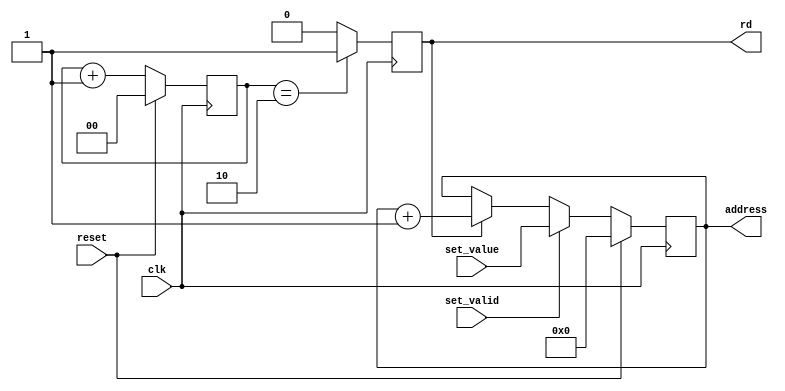
// project: venera_cpu_1
// data:    11.02.2022

module address_counter
(
    input        clk,
    input        reset,
    input        set_valid,
    input  [7:0] set_value,
    output       rd,
    output [7:0] address
);

    reg [1:0] tact;
    reg       tact_flag;
    reg [7:0] current_address;

    always@(posedge clk) begin
        if (reset)
            tact <= 3'b000;
        else
            tact <= tact + 1'b1;

        if (tact == 2'b10)
            tact_flag <= 1'b1;
        else
            tact_flag <= 1'b0;
    end

    always@(posedge clk) begin
        if (reset)
            current_address <= 8'h00;
        else if (set_valid)
            current_address <= set_value;
        else if (tact_flag)
            current_address <= current_address + 1'b1;
    end

    assign rd      = tact_flag;
    assign address = current_address;

endmodule